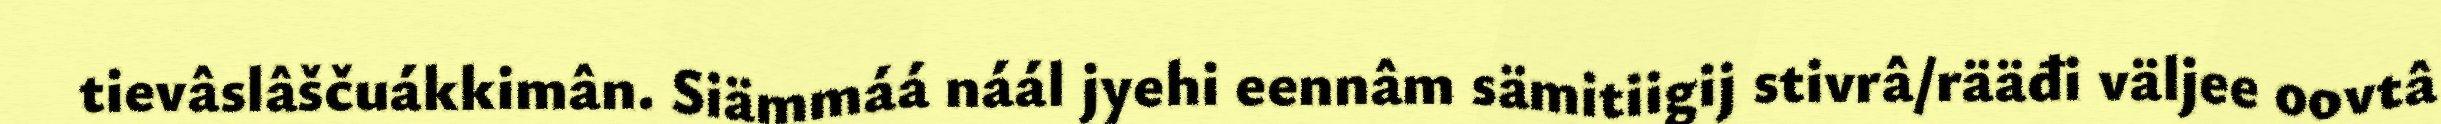
tievâslâščuákkimân. Siämmáá náál jyehi eennâm sämitiigij stivrâ/rääđi väljee oovtâ